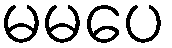
မမပေ